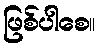
ဖြစ်ပါစေ။